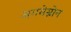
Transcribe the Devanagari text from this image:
अगमेम्नोन